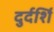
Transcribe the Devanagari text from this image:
दुर्दर्शि